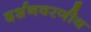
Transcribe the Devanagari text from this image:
दर्शनवरणीय